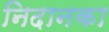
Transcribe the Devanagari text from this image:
निदानका